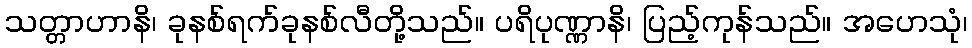
သတ္တာဟာနိ၊ ခုနစ်ရက်ခုနစ်လီတို့သည်။ ပရိပုဏ္ဏာနိ၊ ပြည့်ကုန်သည်။ အဟေသုံ၊